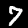
Digit: 7